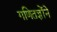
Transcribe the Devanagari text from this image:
गणितज्ञोंने